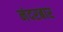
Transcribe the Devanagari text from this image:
नंदरबार